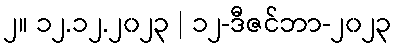
၂။ ၁၂.၁၂.၂၀၂၃ | ၁၂-ဒီဇင်ဘာ-၂၀၂၃